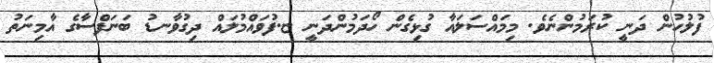
ފުލުހުން ދަނީ ކުރަމުންނެވެ. މިމައްސަލައާ ގުޅިގެން ހޯދަމުންދަނީ ޏ.ފުވައްމުލައް ދިގުވާނޑު ބަނަފްސާގެ އާމިނަތު